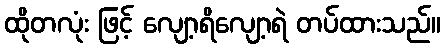
ထိုတလုံး ဖြင့် လျော့ရိလျော့ရဲ တပ်ထားသည်။